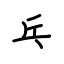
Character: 乓